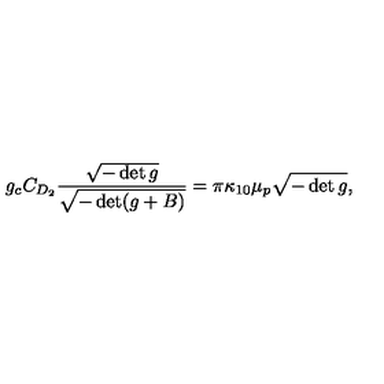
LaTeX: g _ { c } C _ { D _ { 2 } } \frac { \sqrt { - \det g } } { \sqrt { - \det ( g + B ) } } = \pi \kappa _ { 1 0 } \mu _ { p } \sqrt { - \det g } ,